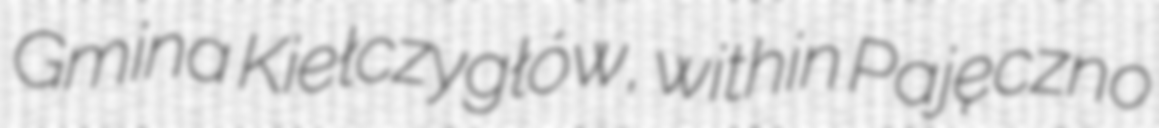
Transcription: Gmina Kiełczygłów, within Pajęczno